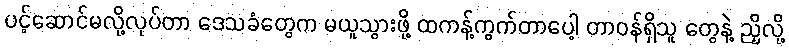
ပင့်ဆောင်မလို့လုပ်တာ ဒေသခံတွေက မယူသွားဖို့ ထကန့်ကွက်တာပေါ့ တာဝန်ရှိသူ တွေနဲ့ ညှိလို့